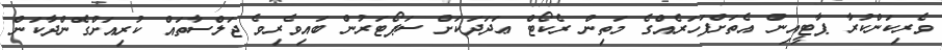
ވެރިކަންކުރާ ޕާޓީއިން އެތަށްފަހަރެއްގެ މަތިން ރެކޯޓް ޢަދަދަކަށް ސަޕޯޓަރުން ބައިވެރިވެ ޖަލްސާތައް ކުރިއަށްގެންދާކަން